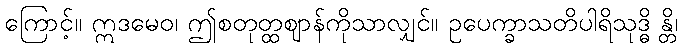
ကြောင့်။ ဣဒမေဝ၊ ဤစတုတ္ထဈာန်ကိုသာလျှင်။ ဥပေက္ခာသတိပါရိသုဒ္ဓိ န္တိ၊